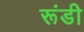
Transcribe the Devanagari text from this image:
रूंडी